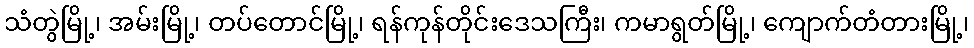
သံတွဲမြို့၊ အမ်းမြို့၊ တပ်တောင်မြို့၊ ရန်ကုန်တိုင်းဒေသကြီး၊ ကမာရွတ်မြို့၊ ကျောက်တံတားမြို့၊